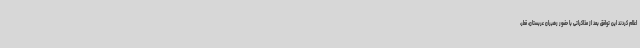
اعلام کردند این توافق بعد از مذاکراتی با حضور رهبران عربستان، قطر،